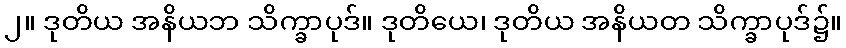
၂။ ဒုတိယ အနိယဘ သိက္ခာပုဒ်။ ဒုတိယေ၊ ဒုတိယ အနိယတ သိက္ခာပုဒ်၌။